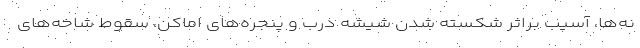
نه‌ها، آسیب براثر شکسته شدن شیشه درب و پنجره‌های اماکن، سقوط شاخه‌های